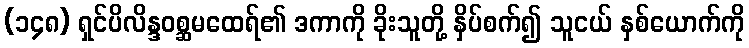
(၁၄၈) ရှင်ပိလိန္ဒဝစ္ဆမထေရ်၏ ဒကာကို ခိုးသူတို့ နှိပ်စက်၍ သူငယ် နှစ်ယောက်ကို